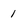
Character: 1